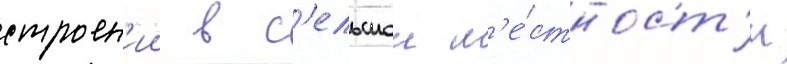
строен'ии в с'ельскои м'е́стност'и